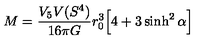
M = \frac { V _ { 5 } V ( S ^ { 4 } ) } { 1 6 \pi G } r _ { 0 } ^ { 3 } \Big [ 4 + 3 \sinh ^ { 2 } \alpha \Big ]